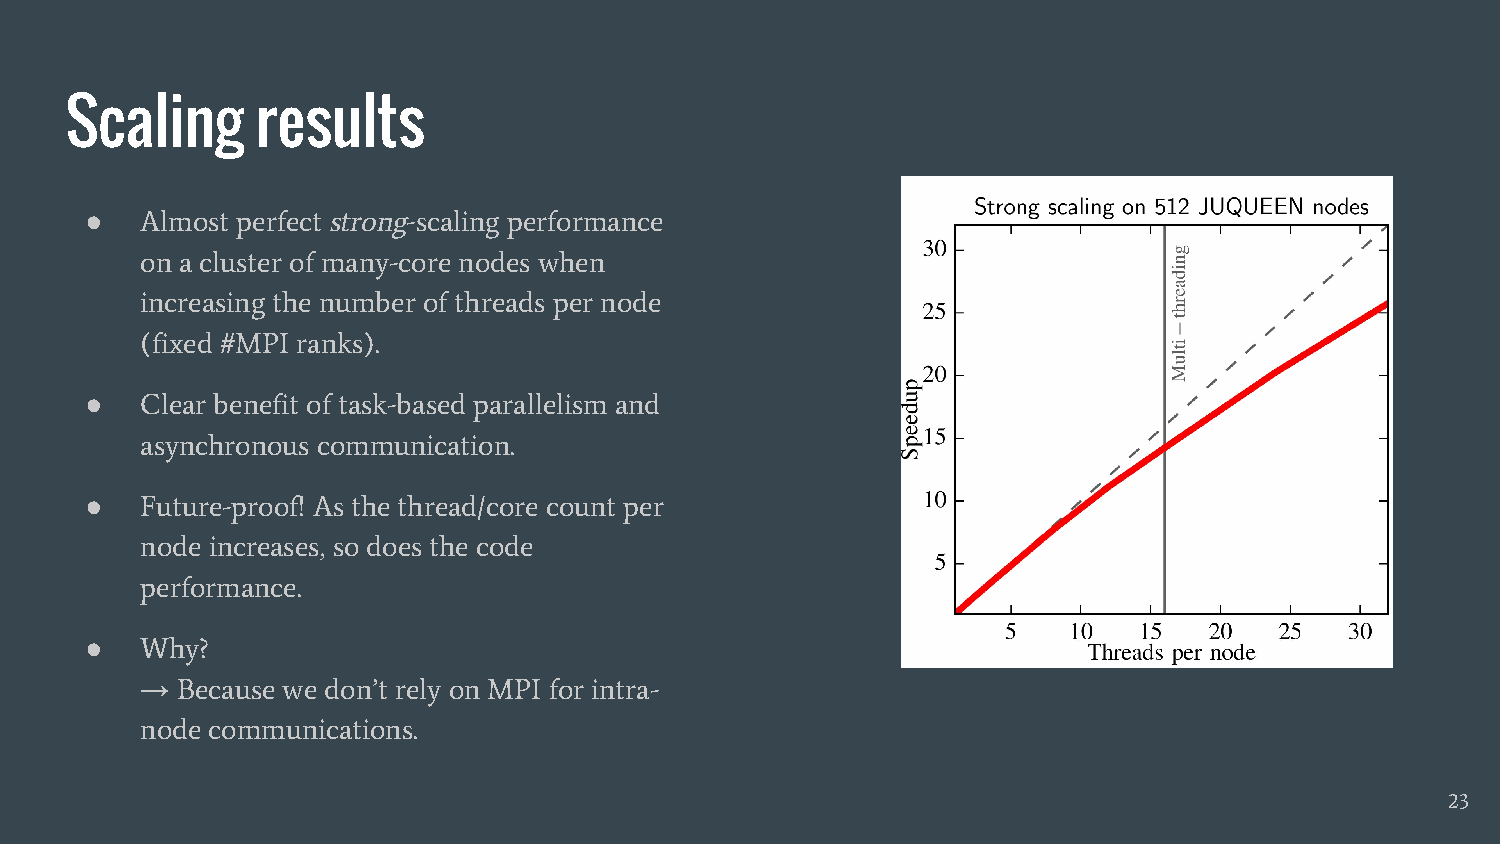
Scaling      results
 ●  Almost perfect strong-scaling performance
 on a cluster of many-core nodes when
 increasing the number of threads per node
 (fixed #MPI ranks).
 ●  Clear benefit of task-based parallelism and
 asynchronous communication.
 ●  Future-proof! As the thread/core count per
 node increases, so does the code
 performance.
 ●  Why?
 →  Because we don’t rely on MPI for intra-
 node communications.
 23